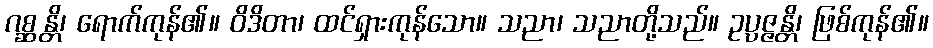
ဂစ္ဆန္တိ၊ ရောက်ကုန်၏။ ဝိဒိတာ၊ ထင်ရှားကုန်သော။ သညာ၊ သညာတို့သည်။ ဥပ္ပဇ္ဇန္တိ၊ ဖြစ်ကုန်၏။